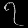
Digit: ၇